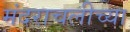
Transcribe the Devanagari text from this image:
मंदराचलीच्या